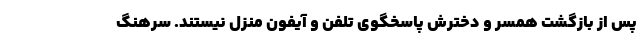
پس از بازگشت همسر و دخترش پاسخگوی تلفن و آیفون منزل نیستند. سرهنگ